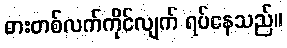
ဓားတစ်လက်ကိုင်လျက် ရပ်နေသည်။